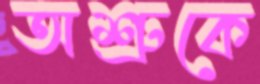
অশ্রুকে